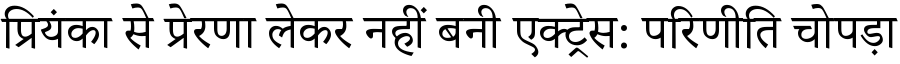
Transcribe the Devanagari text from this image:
प्रियंका से प्रेरणा लेकर नहीं बनी एक्ट्रेस: परिणीति चोपड़ा